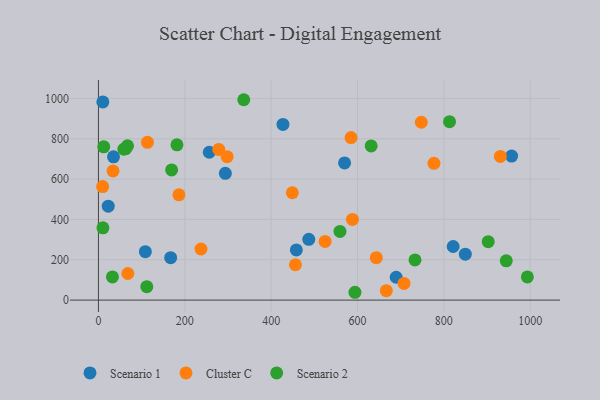
{"axis": {"x": "Price", "y": "Demand"}, "legend": ["Cluster C", "Scenario 1", "Scenario 2"], "data": [{"x": "256.7", "y": 733.2, "type": "Scenario 1"}, {"x": "167.3", "y": 210.5, "type": "Scenario 1"}, {"x": "427.4", "y": 871.3, "type": "Scenario 1"}, {"x": "34.9", "y": 710.3, "type": "Scenario 1"}, {"x": "10.2", "y": 982.7, "type": "Scenario 1"}, {"x": "108.7", "y": 239.9, "type": "Scenario 1"}, {"x": "570.1", "y": 680.2, "type": "Scenario 1"}, {"x": "293.9", "y": 628.6, "type": "Scenario 1"}, {"x": "487.2", "y": 301.3, "type": "Scenario 1"}, {"x": "458.4", "y": 248.7, "type": "Scenario 1"}, {"x": "849.7", "y": 227.9, "type": "Scenario 1"}, {"x": "821.6", "y": 265.8, "type": "Scenario 1"}, {"x": "957.0", "y": 714.4, "type": "Scenario 1"}, {"x": "689.6", "y": 113.2, "type": "Scenario 1"}, {"x": "22.7", "y": 465.8, "type": "Scenario 1"}, {"x": "186.5", "y": 522.3, "type": "Cluster C"}, {"x": "449.1", "y": 532.4, "type": "Cluster C"}, {"x": "33.8", "y": 640.4, "type": "Cluster C"}, {"x": "585.1", "y": 806.0, "type": "Cluster C"}, {"x": "707.8", "y": 82.9, "type": "Cluster C"}, {"x": "278.7", "y": 747.4, "type": "Cluster C"}, {"x": "666.8", "y": 46.7, "type": "Cluster C"}, {"x": "777.1", "y": 678.4, "type": "Cluster C"}, {"x": "68.1", "y": 131.8, "type": "Cluster C"}, {"x": "9.7", "y": 562.9, "type": "Cluster C"}, {"x": "930.9", "y": 712.4, "type": "Cluster C"}, {"x": "456.3", "y": 175.4, "type": "Cluster C"}, {"x": "113.5", "y": 782.4, "type": "Cluster C"}, {"x": "237.5", "y": 253.3, "type": "Cluster C"}, {"x": "298.1", "y": 711.4, "type": "Cluster C"}, {"x": "747.8", "y": 881.9, "type": "Cluster C"}, {"x": "588.4", "y": 400.2, "type": "Cluster C"}, {"x": "643.6", "y": 210.3, "type": "Cluster C"}, {"x": "525.0", "y": 291.0, "type": "Cluster C"}, {"x": "32.4", "y": 115.1, "type": "Scenario 2"}, {"x": "559.4", "y": 340.6, "type": "Scenario 2"}, {"x": "902.8", "y": 289.9, "type": "Scenario 2"}, {"x": "12.3", "y": 760.3, "type": "Scenario 2"}, {"x": "594.1", "y": 38.8, "type": "Scenario 2"}, {"x": "10.4", "y": 358.2, "type": "Scenario 2"}, {"x": "993.5", "y": 114.7, "type": "Scenario 2"}, {"x": "813.2", "y": 884.6, "type": "Scenario 2"}, {"x": "631.7", "y": 764.5, "type": "Scenario 2"}, {"x": "112.0", "y": 66.8, "type": "Scenario 2"}, {"x": "733.2", "y": 199.2, "type": "Scenario 2"}, {"x": "58.9", "y": 748.4, "type": "Scenario 2"}, {"x": "181.8", "y": 769.9, "type": "Scenario 2"}, {"x": "336.6", "y": 993.7, "type": "Scenario 2"}, {"x": "63.2", "y": 751.2, "type": "Scenario 2"}, {"x": "169.5", "y": 645.4, "type": "Scenario 2"}, {"x": "67.4", "y": 764.9, "type": "Scenario 2"}, {"x": "944.6", "y": 194.8, "type": "Scenario 2"}]}